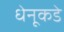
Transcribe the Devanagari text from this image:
धेनूकडे